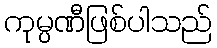
ကုမ္ပဏီဖြစ်ပါသည်